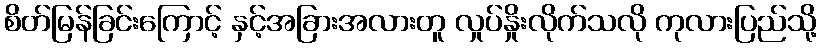
စိတ်မြန်ခြင်းကြောင့် နှင့်အခြားအလားတူ လှုပ်နှိုးလိုက်သလို ကုလားပြည်သို့